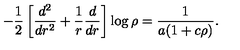
- \frac 1 2 \left[ \frac { d ^ { 2 } } { d r ^ { 2 } } + \frac 1 r \frac d { d r } \right] \log \rho = \frac 1 { a ( 1 + c \rho ) } .